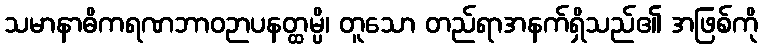
သမာနာဓိကရဏဘာဝဉာပနတ္ထမ္ပိ၊ တူသော တည်ရာအနက်ရှိသည်၏ အဖြစ်ကို